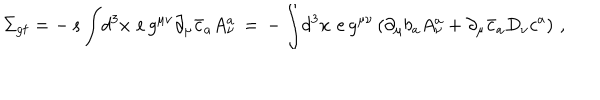
\Sigma _ { \mathrm { g f } } = - \, s \, \displaystyle { \int } d ^ { 3 } x \, \, e \, g ^ { \mu \nu } \partial _ { \mu } \bar { c } _ { a } A _ { \nu } ^ { a } \, = \, - \, \displaystyle { \int } d ^ { 3 } x \, \, e \, g ^ { \mu \nu } \left( \partial _ { \mu } b _ { a } A _ { \nu } ^ { a } + \partial _ { \mu } \bar { c } _ { a } D _ { \nu } c ^ { a } \right) \, ,